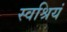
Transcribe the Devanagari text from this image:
स्वश्रियं